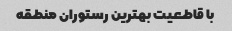
با قاطعیت بهترین رستوران منطقه